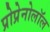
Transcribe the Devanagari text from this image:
प्रोप्रेनोलॉल